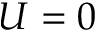
U = 0